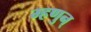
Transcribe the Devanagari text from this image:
म्हणुन्